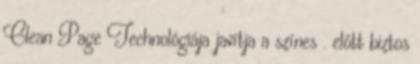
Clean Page Technológiája javítja a színes . előtt biztos